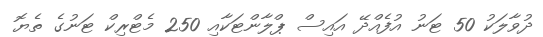
ދުވާލަކު 50 ޓަނު އުފެއްދޭ އައިސް ޕްލާންޓަކާއި 250 މެޓްރިކް ޓަނުގެ ތެޔޮ